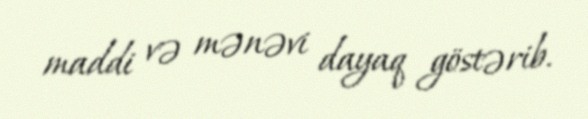
maddi və mənəvi dayaq göstərib.